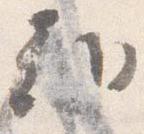
朝